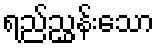
ရည်ညွှန်းသော